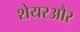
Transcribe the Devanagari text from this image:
शेयरऔर